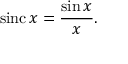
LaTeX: \mathrm { s i n c } \, x = { \frac { \sin x } { x } } .